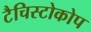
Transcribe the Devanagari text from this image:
टैचिस्टोकोप